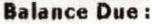
BALANCE DUE :